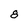
Character: 8